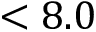
< 8 . 0